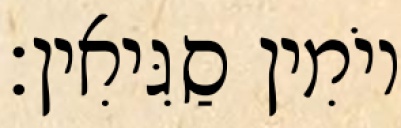
יוֹמִין סַגִּיאִין׃